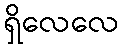
ရှိလေလေ